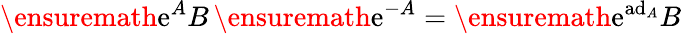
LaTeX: \ensuremath{\mathrm{e}}^{A}B\, \ensuremath{\mathrm{e}}^{-A}=\ensuremath{\mathrm{e}}^{\mathrm{ad}_{A}}B